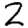
Digit: 2